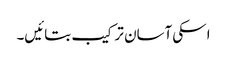
اسکی آسان ترکیب بتائیں۔